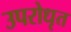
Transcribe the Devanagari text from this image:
उपरोधृत